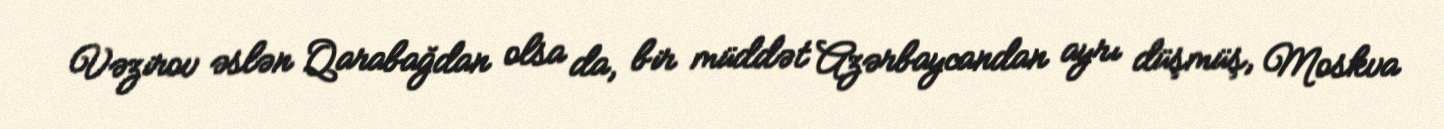
Vəzirov əslən Qarabağdan olsa da, bir müddət Azərbaycandan ayrı düşmüş, Moskva